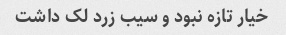
خیار تازه نبود و سیب زرد لک داشت